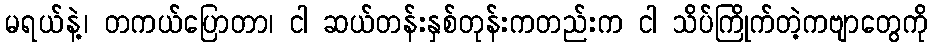
မရယ်နဲ့၊ တကယ်ပြောတာ၊ ငါ ဆယ်တန်းနှစ်တုန်းကတည်းက ငါ သိပ်ကြိုက်တဲ့ကဗျာတွေကို